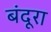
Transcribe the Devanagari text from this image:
बंदूरा